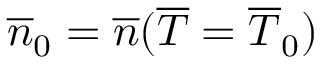
\overline { { n } } _ { 0 } = \overline { { n } } ( \overline { { T } } = \overline { { T } } _ { 0 } )